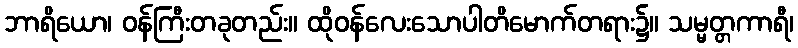
ဘာရိယော၊ ဝန်ကြီးတခုတည်း။ ထိုဝန်လေးသောပါတိမောက်တရား၌။ သမ္မတ္တကာရီ၊